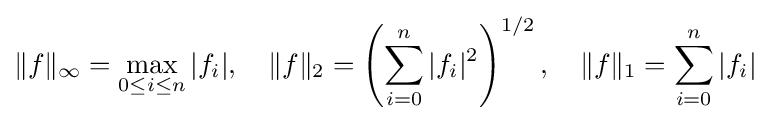
\|f\|_{\infty }=\max _{0\leq i\leq n}|f_{i}|,\ \ \ \|f\|_{2}=\left(\sum \limits _{i=0}^{n}|f_{i}|^{2}\right)^{1/2},\ \ \ \|f\|_{1}=\sum \limits _{i=0}^{n}|f_{i}|